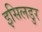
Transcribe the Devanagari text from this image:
इसिलडुर